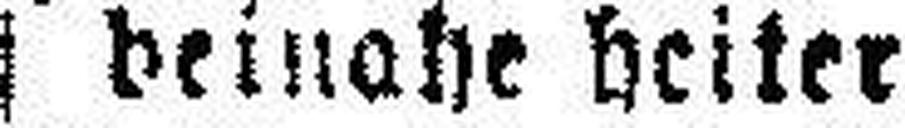
beinahe heiter